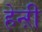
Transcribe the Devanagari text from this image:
हेन्ऱी